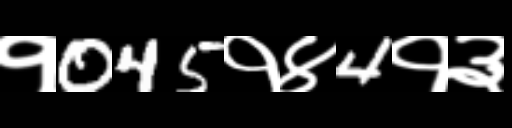
Text: १045१४4१३